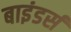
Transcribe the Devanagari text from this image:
बाइंडर्स